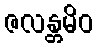
ဇလန္တမိဝ